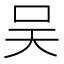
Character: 吴